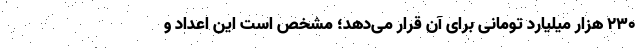
۲۳۰ هزار میلیارد تومانی برای آن قرار می‌دهد؛ مشخص است این اعداد و